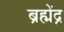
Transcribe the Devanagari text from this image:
ब्रह्मेंद्र